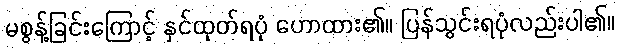
မစွန့်ခြင်းကြောင့် နှင်ထုတ်ရပုံ ဟောထား၏။ ပြန်သွင်းရပုံလည်းပါ၏။